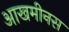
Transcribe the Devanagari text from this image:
आखमीनस